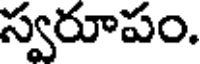
స్వరూపం.